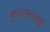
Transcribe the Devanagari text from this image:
कुष्ठरोग्याशी